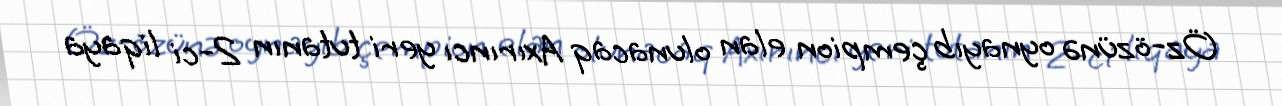
Öz-özünə oynayıb çempion elan olunacaq Axırıncı yeri tutanın 2-ci liqaya